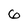
Character: 6